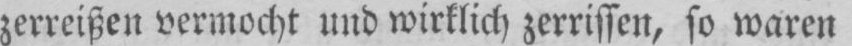
zerreißen vermocht und wirklich zerrissen, so waren